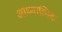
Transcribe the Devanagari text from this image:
आध्‍यात्मिक